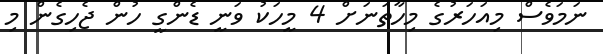
ނަމަވެސް މިއަހަރުގެ މިހާތަނަށް 4 މީހަކު ވަނީ ޑެންގީ ހުން ޖެހިގެން މި